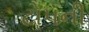
ટોપની